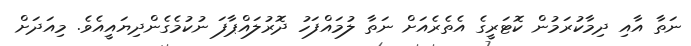
ނަތާ އާއި ދިމާކުރަމުން ކޮޓަރީގެ އެތެރެއަށް ނަތާ ލުމައްފަހު ދޮރުލައްޕާފަ ނުކުމެގެންދިޔައީއެވެ. މިއަދަށް